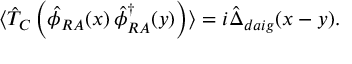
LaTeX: \langle \hat { T } _ { C } \left( \hat { \phi } _ { R A } ( x ) \, \hat { \phi } _ { R A } ^ { \dagger } ( y ) \right) \rangle = i \hat { \Delta } _ { d a i g } ( x - y ) .